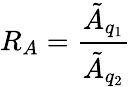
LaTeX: R_{A}=\frac{\tilde{A}_{q_{1}}}{\tilde{A}_{q_{2}}}